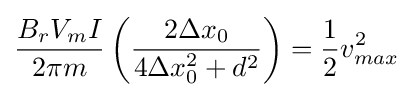
{\frac {B_{r}V_{m}I}{2\pi m}}\left({\frac {2\Delta x_{0}}{4\Delta x_{0}^{2}+d^{2}}}\right)={\frac {1}{2}}v_{max}^{2}